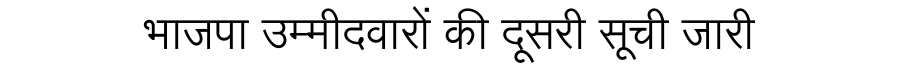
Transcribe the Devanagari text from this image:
भाजपा उम्मीदवारों की दूसरी सूची जारी